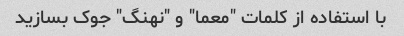
با استفاده از کلمات "معما" و "نهنگ" جوک بسازید